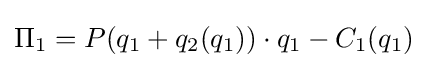
\Pi _{1}=P(q_{1}+q_{2}(q_{1}))\cdot q_{1}-C_{1}(q_{1})